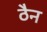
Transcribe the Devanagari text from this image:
ठैन